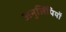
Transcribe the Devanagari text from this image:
अनुलिपियों